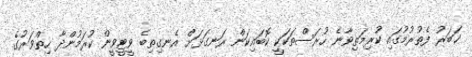
ޚަބަރު ފެތުރުމުގައި ކުރިމަތިވާނެ ހުރަސްތަކަކީ ކޮބައިކަން ރަނގަޅަށް އެނގިތިބެ ވީޓީވީން ކުރަމުންދާ ހިތްވަރުގެ